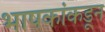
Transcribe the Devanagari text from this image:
भाषकांकडून